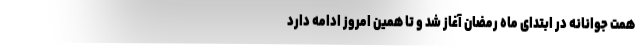
همت جوانانه در ابتدای ماه رمضان آغاز شد و تا همین امروز ادامه دارد